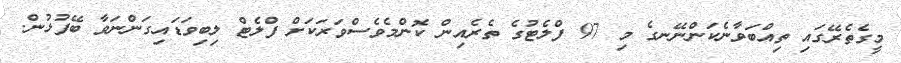
މީގެތެރޭގައި ތިއްބަވާނެކަންނޭނގެ މި 97 ފްލެޓުގެ ތެރެއިން ކޮންމެވެސްވަރަކަށް ފްލެޓް ލިބިވަޑައިގަންނަވާ ބޭފުޅުން.